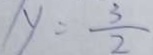
y = \frac { 3 } { 2 }